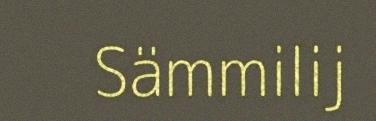
Sämmilij